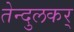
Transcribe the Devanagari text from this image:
तेन्दुलकर्